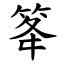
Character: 䇨